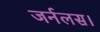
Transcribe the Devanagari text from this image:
जर्नलस।